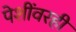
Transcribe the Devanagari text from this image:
पेशींवरही